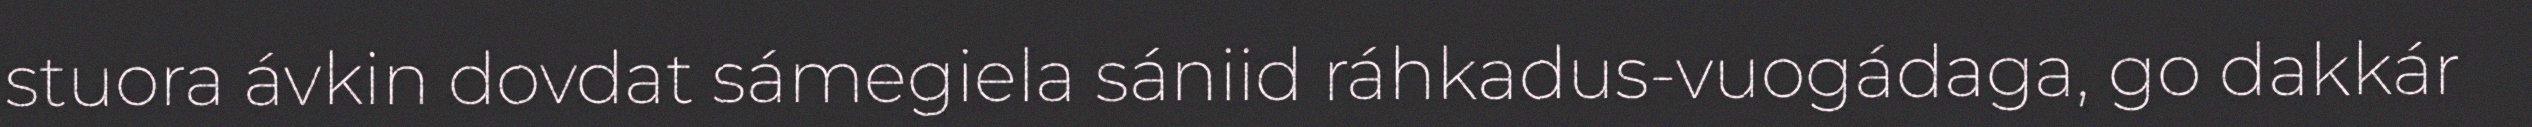
stuora ávkin dovdat sámegiela sániid ráhkadus-vuogádaga, go dakkár